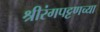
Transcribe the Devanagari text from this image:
श्रीरंगपट्टणच्या